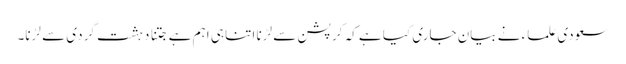
سعودی علماء نے بیان جاری کیا ہے کہ کرپشن سے لڑنا اتنا ہی اہم ہے جتنا دہشت گردی سے لڑنا۔